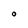
Character: O